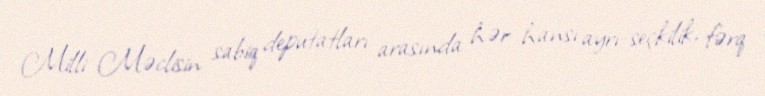
Milli Məclisin sabiq deputatları arasında hər hansı ayrı-seçkilik, fərq